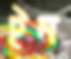
ইন